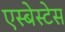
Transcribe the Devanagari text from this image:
एस्बेस्टेस